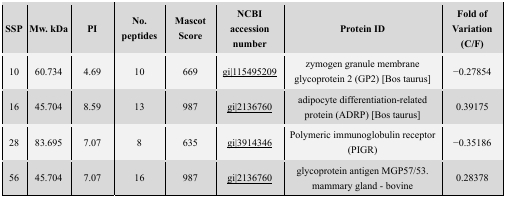
| SSP | Mw. kDa | PI | No. peptides | Mascot Score | NCBI accession number | Protein ID | Fold of Variation (C/F) |
 | --- | --- | --- | --- | --- | --- | --- | --- |
 | 10 | 60.734 | 4.69 | 10 | 669 | gi|115495209 | zymogen granule membrane glycoprotein 2 (GP2) [Bos taurus] | −0.27854 |
 | 16 | 45.704 | 8.59 | 13 | 987 | gi|2136760 | adipocyte differentiation-related protein (ADRP) [Bos taurus] | 0.39175 |
 | 28 | 83.695 | 7.07 | 8 | 635 | gi|3914346 | Polymeric immunoglobulin receptor (PIGR) | −0.35186 |
 | 56 | 45.704 | 7.07 | 16 | 987 | gi|2136760 | glycoprotein antigen MGP57/53. mammary gland - bovine | 0.28378 |